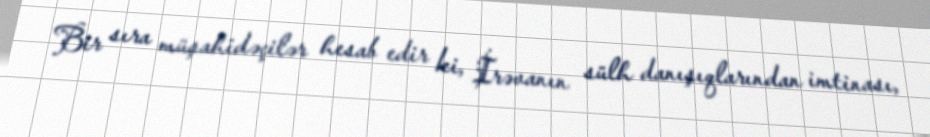
Bir sıra müşahidəçilər hesab edir ki, İrəvanın sülh danışıqlarından imtinası,